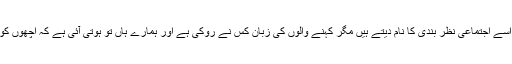
کچھ بیو وقوف اسے اجتماعی نظر بندی کا نام دیتے ہیں مگر کہنے والوں کی زبان کس نے روکی ہے اور ہمارے ہاں تو ہوتی آئی ہے کہ اچھوں کو برا کہتے ہیں۔